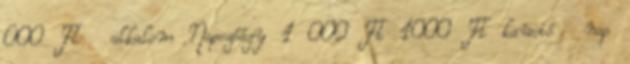
000 Ft alkalom Napozóágy 1 000 Ft 1000 Ft kaució nap